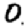
Digit: 0